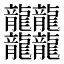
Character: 𪚥